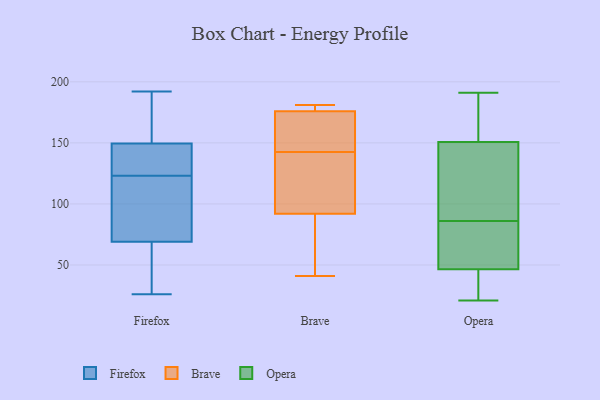
{"axis": {"x": "Conversion Rate (%)", "y": "Value"}, "legend": ["Brave", "Firefox", "Opera"], "data": [{"x": "", "y": 149, "type": "Firefox"}, {"x": "", "y": 134, "type": "Firefox"}, {"x": "", "y": 46, "type": "Firefox"}, {"x": "", "y": 69, "type": "Firefox"}, {"x": "", "y": 146, "type": "Firefox"}, {"x": "", "y": 83, "type": "Firefox"}, {"x": "", "y": 192, "type": "Firefox"}, {"x": "", "y": 151, "type": "Firefox"}, {"x": "", "y": 183, "type": "Firefox"}, {"x": "", "y": 26, "type": "Firefox"}, {"x": "", "y": 69, "type": "Firefox"}, {"x": "", "y": 75, "type": "Firefox"}, {"x": "", "y": 123, "type": "Firefox"}, {"x": "", "y": 56, "type": "Brave"}, {"x": "", "y": 152, "type": "Brave"}, {"x": "", "y": 158, "type": "Brave"}, {"x": "", "y": 41, "type": "Brave"}, {"x": "", "y": 176, "type": "Brave"}, {"x": "", "y": 92, "type": "Brave"}, {"x": "", "y": 133, "type": "Brave"}, {"x": "", "y": 180, "type": "Brave"}, {"x": "", "y": 181, "type": "Brave"}, {"x": "", "y": 106, "type": "Brave"}, {"x": "", "y": 42, "type": "Opera"}, {"x": "", "y": 154, "type": "Opera"}, {"x": "", "y": 153, "type": "Opera"}, {"x": "", "y": 21, "type": "Opera"}, {"x": "", "y": 144, "type": "Opera"}, {"x": "", "y": 60, "type": "Opera"}, {"x": "", "y": 72, "type": "Opera"}, {"x": "", "y": 102, "type": "Opera"}, {"x": "", "y": 36, "type": "Opera"}, {"x": "", "y": 183, "type": "Opera"}, {"x": "", "y": 32, "type": "Opera"}, {"x": "", "y": 191, "type": "Opera"}, {"x": "", "y": 106, "type": "Opera"}, {"x": "", "y": 66, "type": "Opera"}, {"x": "", "y": 86, "type": "Opera"}]}